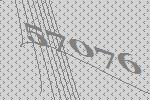
57076